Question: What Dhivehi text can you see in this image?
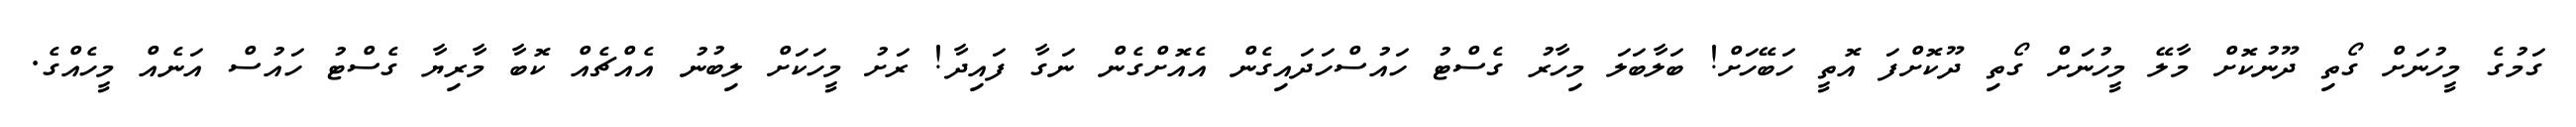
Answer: ގަމުގެ މީހުނަށް ގޯތި ދޫނުކޮށް މާލޭ މީހުނަށް ގޯތި ދޫކޮށްފަ އޮތީ ހަބޭހަށް! ބަލާބަލަ މިހާރު ގެސްޓު ހައުސްހަދައިގެން އެއޮށްގެން ނަގާ ފައިދާ! ރަށު މީހަކަށް ލިބުނު އެއްޗެއް ކޮބާ މާރިޔާ ގެސްޓު ހައުސް އަނެއް މީހެއްގެ.